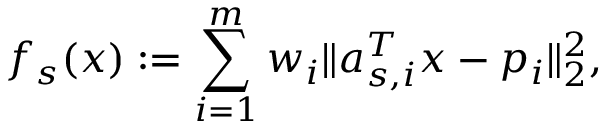
f _ { s } ( x ) : = \sum _ { i = 1 } ^ { m } w _ { i } \| a _ { s , i } ^ { T } x - p _ { i } \| _ { 2 } ^ { 2 } ,